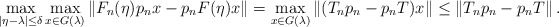
\begin{align*}\max_{|\eta-\lambda| \le \delta}\max_{x \in G(\lambda)} \| F_n(\eta)p_n x - p_n F(\eta) x\| = \max_{x \in G(\lambda)} \left\| (T_np_n -p_nT)x \right \| \le \left\| T_np_n -p_nT \right \|.\end{align*}